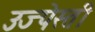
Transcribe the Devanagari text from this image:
उज्पेस्ती